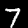
Label: 7